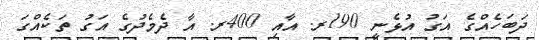
ދަބަހެއްގެ އަގު އުޅެނީ 190ރ. އާއި 400ރ. އާ ދެމެދުގެ އަގު ތަކެއްގަ